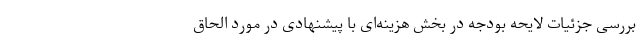
بررسی جزئیات لایحه بودجه در بخش هزینه‌ای با پیشنهادی در مورد الحاق